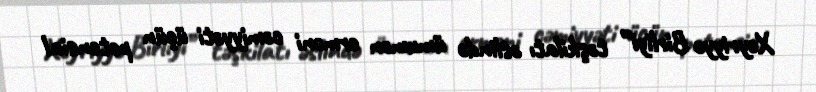
Xeyriyyə Birliyi” təşkilatı əslində ümumən erməni cəmiyyəti üçün potensial